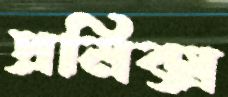
প্রমিক্স